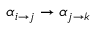
\alpha _ { i \to j } \to \alpha _ { j \to k }